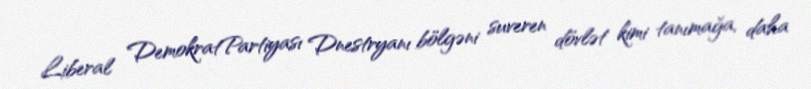
Liberal DemokratPartiyası Dnestryanı bölgəni suveren dövlət kimi tanımağa, daha